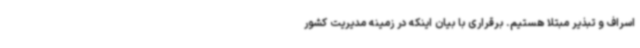
اسراف و تبذیر مبتلا هستیم. برقراری با بیان اینکه در زمینه مدیریت کشور